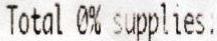
TOTAL 0% SUPPLIES: